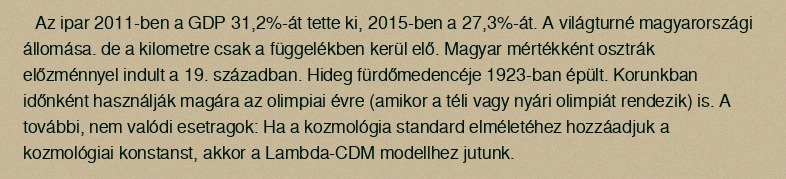
Az ipar 2011-ben a GDP 31,2%-át tette ki, 2015-ben a 27,3%-át. A világturné magyarországi állomása. de a kilometre csak a függelékben kerül elő. Magyar mértékként osztrák előzménnyel indult a 19. században. Hideg fürdőmedencéje 1923-ban épült. Korunkban időnként használják magára az olimpiai évre (amikor a téli vagy nyári olimpiát rendezik) is. A további, nem valódi esetragok: Ha a kozmológia standard elméletéhez hozzáadjuk a kozmológiai konstanst, akkor a Lambda-CDM modellhez jutunk.